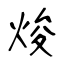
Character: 焌